Report on lock hospitals in British Burma
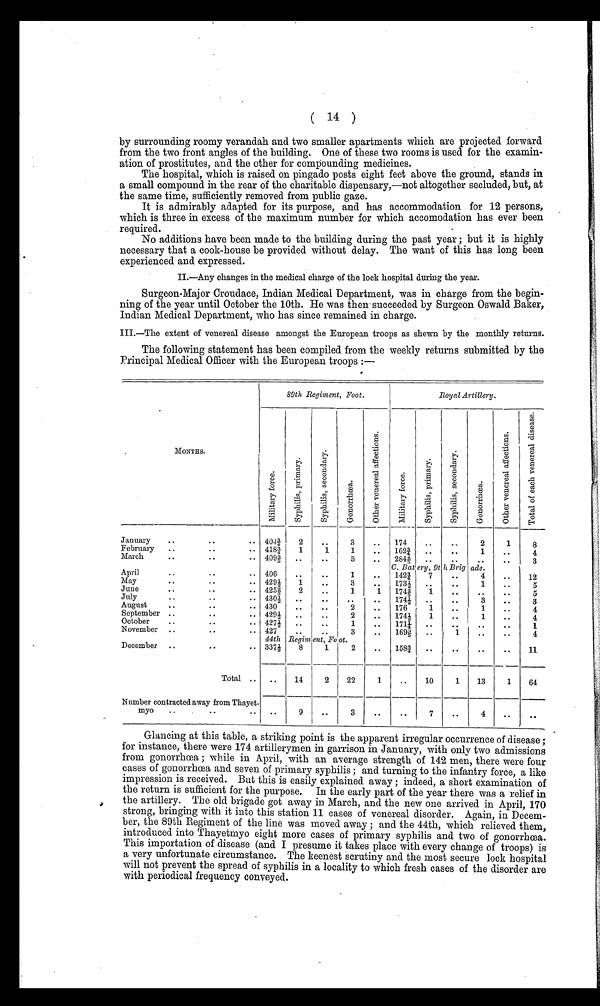
( 14 )
by surrounding roomy verandah and two smaller apartments which are projected forward
from the two front angles of the building. One of these two rooms is used for the examin-
ation of prostitutes, and the other for compounding medicines.
The hospital, which is raised on pingado posts eight feet above the ground, stands in
a small compound in the rear of the charitable dispensary,—not altogether secluded, but, at
the same time, sufficiently removed from public gaze.
It is admirably adapted for its purpose, and has accommodation for 12 persons,
which is three in excess of the maximum number for which accomodation has ever been
required.
No additions have been made to the building during the past year ; but it is highly
necessary that a cook-house be provided without delay. The want of this has long been
experienced and expressed.
II.—Any changes in the medical charge of the lock hospital during the year.
Surgeon-Major Croudace, Indian Medical Department, was in charge from the begin-
ning of the year until October the 10th. He was then succeeded by Surgeon Oswald Baker,
Indian Medical Department, who has since remained in charge.
III.—The extent of venereal disease amongst the European troops as shewn by the monthly returns.
The following statement has been compiled from the weekly returns submitted by the
Principal Medical Officer with the European troops :—
.
MONTHS.
89th Regiment, Foot.
Royal Artillery,
M i l i t a r y f o r c e .
S y p h i l i s , p r i m a r y .
S y p h i l i s s e c o n d a r y .
G o n o r r h o e a .
O t h e r v e n e r a l a f f e c t i o n s .
M i l i t a r y f o r c e .
S y p h i l i s , p r i m a r y .
S y p h i l i s s e c o n d a r y .
G o n o r r h o e a .
O t h e r v e n e r a l a f f e c t i o n s .
T o t a l o f e a c h v e n e r a l d i s e a s e .
January
..
..
. . 404 ¾
2
..
3
. .
1 7 4
..
..
2
1
8
February ..
..
.. 418 ¾
1
1
1
. . . . 162 2/3 ..
..
1
. . . .
4
March
..
..
. . 409 2/5 ..
..
3
. . . . 284 4/5 ..
..
. . . .
. . . .
3
April
..
..
. . 406
..
..
1
. .
C. Bat
142 ¾
ery, , 9th Brig
7
..
ade.
4
..
12
May
..
.. 429½
1
..
3
. . . 173½ ....
..
1
. . . .
5
June
..
. .
. . 425 2/5
2
..
1
1 . . 174 2/5 1
. . .
.
. .
. .
5
July
..
.. 430½ ..
..
..
. . . . 174½ ..
..
3
. . . .
3
August
..
..
. . 430
..
..
2
. . . . 176
1
..
1
. . . .
4
September ..
. . 429½ ..
..
2
. . . . 174½
1
..
1
. . . .
4
October
..
..
.. 427½
.
.
.
.
1
. . . . 171¼ ..
. . .
.
. . . .
. . . .
1
November ..
. .
. . 427
44th
..
Regim
..
ent, Fe
3
ot.
..
169 3/5 ..
1
..
..
4
December ..
..
. . 337½ 8
1
2
.. 158 ¾ ..
..
..
..
11
Total .. ..
14
2
22
1
..
10
1
13
1
64
Number contracted away from Thayet-
myo
..
. .
. .
. . ..
9
..
3
..
..
7
..
4
..
. .
Glancing at this table, a striking point is the apparent irregular occurrence of disease ;
for instance, there were 174 artillerymen in garrison in January, with only two admissions
from gonorrhoea ; while in April, with an average strength of 142 men, there were four
cases of gonorrhoea and seven of primary syphilis ; and turning to the infantry force, a like
impression is received. But this is easily explained away ; indeed, a short examination of
the return is sufficient for the purpose. In the early part of the year there was a relief in
the artillery. The old brigade got away in March, and the new one arrived in April, 170
strong, bringing with it into this station 11 cases of venereal disorder. Again, in Decem-
ber, the 89th Regiment of the line was moved away ; and the 44th, which relieved them,
introduced into Thayetmyo eight more cases of primary syphilis and two of gonorrhoea.
This importation of disease (and I presume it takes place with every change of troops) is
a very unfortunate circumstance. The keenest scrutiny and the most secure lock hospital
will not prevent the spread of syphilis in a locality to which fresh cases of the disorder are
with periodical frequency conveyed.